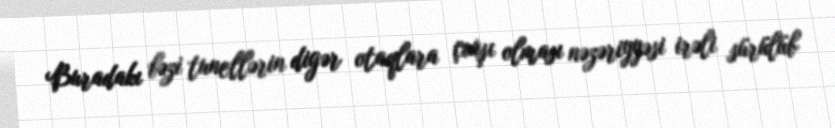
Buradakı bəzi tunellərin digər otaqlara çıxışı olması nəzəriyyəsi irəli sürülüb